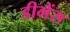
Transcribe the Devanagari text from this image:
डीमेंस